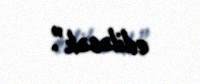
ediləcək”.